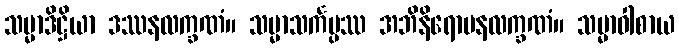
သမ္မာဒိဋ္ဌိယာ ဒဿနလက္ခဏံ။ သမ္မာသင်္ကပ္ပဿ အဘိနိရောပနလက္ခဏံ။ သမ္မာဝါစာယ